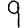
Digit: 9